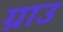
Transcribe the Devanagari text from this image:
ग्राउ